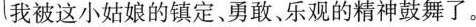
松鼠是一种漂亮小动物。